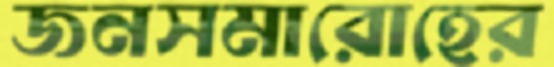
জনসমারোহের